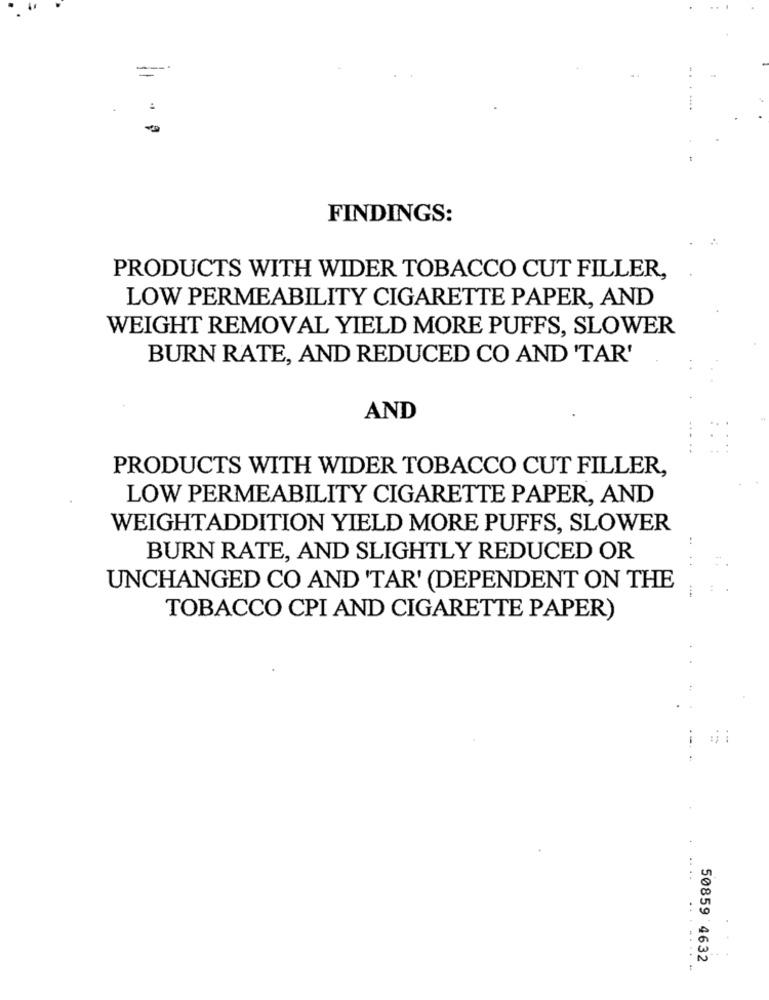
==
FINDINGS:
PRODUCTS WITH WIDER TOBACCO CUT FILLER,
LOW PERMEABILITY CIGARETTE PAPER, AND
WEIGHT REMOVAL YIELD MORE PUFFS, SLOWER
BURN RATE, AND REDUCED CO AND 'TAR'
AND
PRODUCTS WITH WIDER TOBACCO CUT FILLER,
LOW PERMEABILITY CIGARETTE PAPER, AND
WEIGHTADDITION YIELD MORE PUFFS, SLOWER
BURN RATE, AND SLIGHTLY REDUCED OR
UNCHANGED CO AND 'TAR' (DEPENDENT ON THE
TOBACCO CPI AND CIGARETTE PAPER)
--
....
50859 4632